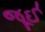
જૂઈ